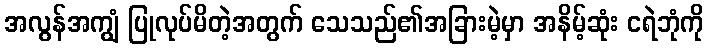
အလွန်အကျွံ ပြုလုပ်မိတဲ့အတွက် သေသည်၏အခြားမဲ့မှာ အနိမ့်ဆုံး ငရဲဘုံကို